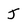
Character: J